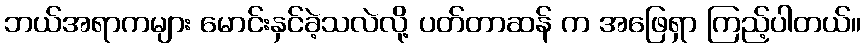
ဘယ်အရာကများ မောင်းနှင်ခဲ့သလဲလို့ ပတ်တာဆန် က အဖြေရှာ ကြည့်ပါတယ်။